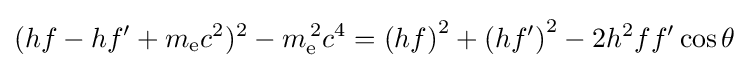
(hf-hf'+m_{\text{e}}c^{2})^{2}-m_{\text{e}}^{\,2}c^{4}=\left(hf\right)^{2}+\left(hf'\right)^{2}-2h^{2}ff'\cos {\theta }